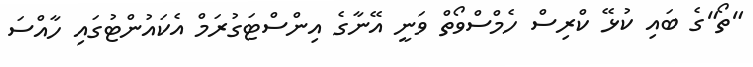
"ތޯ"ގެ ބައި ކުޅޭ ކްރިސް ހެމްސްވޯތް ވަނީ އޭނާގެ އިންސްޓަގުރަމް އެކައުންޓުގައި ހާއްސަ